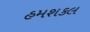
હમશકલ